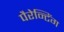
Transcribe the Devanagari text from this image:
पैरेन्टिंग